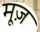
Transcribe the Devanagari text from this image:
मूज़